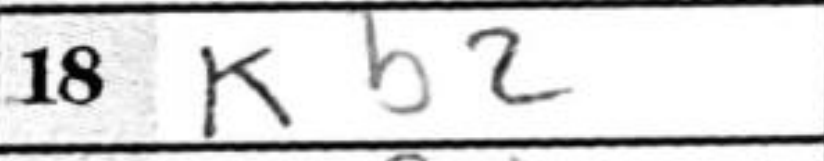
Transcription: Kb2